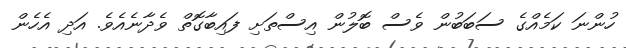
ހުންނަ ކަމެއްގެ ސަބަބުން ވެސް ބޮލުން އިސްތަށި ފައިބާގޮތް ވެދާނެއެވެ. އަދި އެހެން